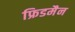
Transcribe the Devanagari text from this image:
फ्रिडमैन